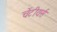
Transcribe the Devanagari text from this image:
चेंटीयर्स